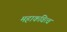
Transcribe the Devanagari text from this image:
महाकवित्व